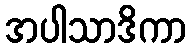
အပါသာဒိကာ